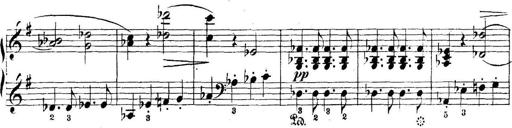
Title: 5 Sonatinas
Composer: Theodor Kirchner